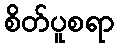
စိတ်ပူစရာ